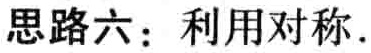
思路六：利用对称.